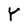
Character: Y